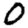
Digit: 0